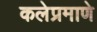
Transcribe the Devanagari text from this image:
कलेप्रमाणे